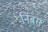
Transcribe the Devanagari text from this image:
निंबस